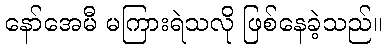
နော်အေမီ မကြားရဲသလို ဖြစ်နေခဲ့သည်။